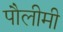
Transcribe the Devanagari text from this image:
पौलीमी